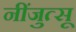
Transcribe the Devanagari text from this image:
नींजुत्सू